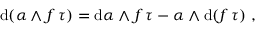
\mathrm { d } ( \alpha \wedge f \, \tau ) = \mathrm { d } \alpha \wedge f \, \tau - \alpha \wedge \mathrm { d } ( f \, \tau ) \ ,